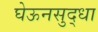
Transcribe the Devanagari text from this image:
घेऊनसुद्धा